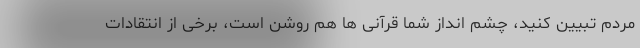
مردم تبیین کنید، چشم انداز شما قرآنی ها هم روشن است، برخی از انتقادات